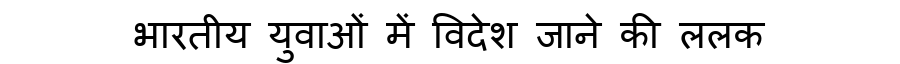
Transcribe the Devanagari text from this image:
भारतीय युवाओं में विदेश जाने की ललक